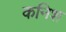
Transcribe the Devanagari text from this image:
कनिश